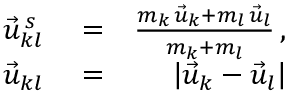
\begin{array} { r l r } { \vec { u } _ { k l } ^ { \, s } } & { { } = } & { \frac { m _ { k } \, \vec { u } _ { k } + m _ { l } \, \vec { u } _ { l } } { m _ { k } + m _ { l } } \, , } \\ { \vec { u } _ { k l } } & { { } = } & { \left| \vec { u } _ { k } - \vec { u } _ { l } \right| } \end{array}